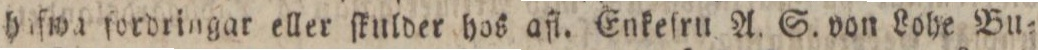
hiſwa fordringar eller ſknlder hos afl. Enkeſru A. S. von Lohe Bu=